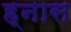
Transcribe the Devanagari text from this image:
ह्नास